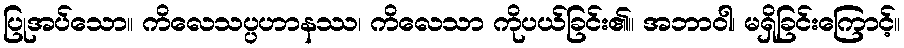
ပြုအပ်သော။ ကိလေသပ္ပဟာနဿ၊ ကိလေသာ ကိုပယ်ခြင်း၏။ အဘာဝါ၊ မရှိခြင်းကြောင့်။